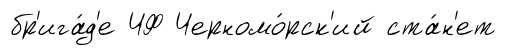
бр'ига́д'е ЧФ Черномо́рск'ий ста́н'ет